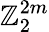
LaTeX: \mathbb{Z}_{2}^{2m}